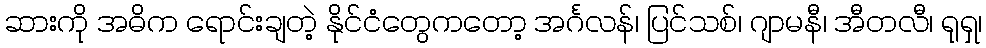
ဆားကို အဓိက ရောင်းချတဲ့ နိုင်ငံတွေကတော့ အင်္ဂလန်၊ ပြင်သစ်၊ ဂျာမနီ၊ အီတလီ၊ ရုရှ၊